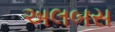
અલબસ